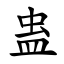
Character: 蛊